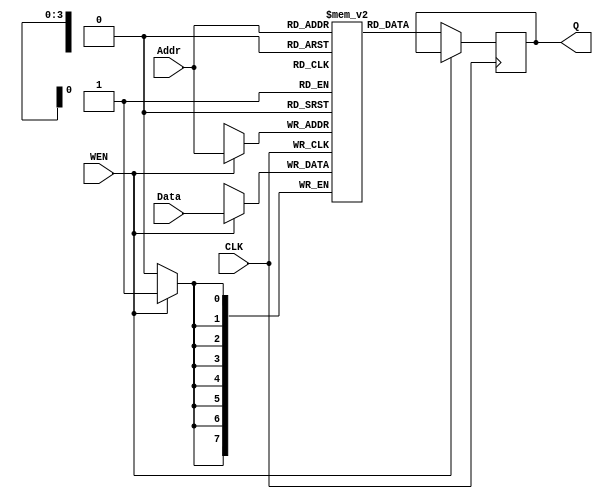
module spr_16x8(CLK,Addr,Data,WEN,Q);
  input CLK,WEN;
  input [3:0]Addr;
  input [7:0]Data;
  output reg [7:0]Q;
  
  reg [7:0] mem [15:0];
  
  always @(posedge CLK)
    begin
      if(WEN)
        mem[Addr] <=Data;
      else
        Q <= mem[Addr];
    end
endmodule